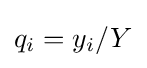
q_{i}=y_{i}/Y